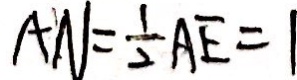
A N = \frac { 1 } { 2 } A E = 1